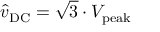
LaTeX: { \hat { v } } _ { \mathrm { D C } } = { \sqrt { 3 } } \cdot V _ { \mathrm { p e a k } }